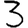
Digit: 3